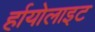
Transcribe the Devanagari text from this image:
र्हायोलाइट